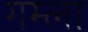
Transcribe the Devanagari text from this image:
गम्ला